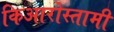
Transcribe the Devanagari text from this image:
किआरोस्तामी